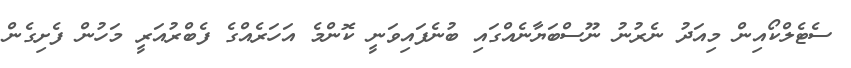
ސެޓެލްކޯއިން މިއަދު ނެރުނު ނޫސްބަޔާނެއްގައި ބުނެފައިވަނީ ކޮންމެ އަހަރެއްގެ ފެބްރުއަރީ މަހުން ފެށިގެން